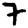
Digit: 7